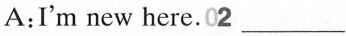
A:I'm new here.02 ___